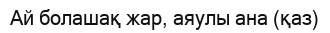
Ай болашақ жар, аяулы ана (қаз)